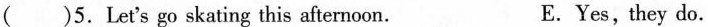
( )5. Let's go skating this afternoon. E. Yes,they do.